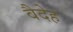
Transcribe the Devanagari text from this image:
वैदेह